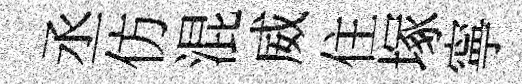
丞仿混威住塚寧